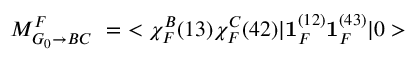
M _ { G _ { 0 } \rightarrow B C } ^ { F } ~ = ~ < \chi _ { F } ^ { B } ( 1 3 ) \chi _ { F } ^ { C } ( 4 2 ) | { \mathbf { 1 } } _ { F } ^ { ( 1 2 ) } { \mathbf { 1 } } _ { F } ^ { ( 4 3 ) } | 0 >